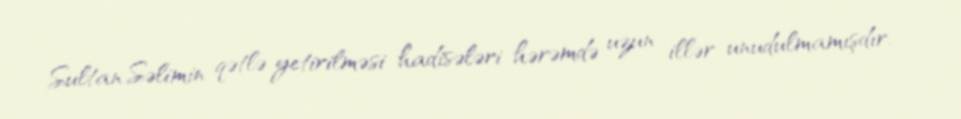
Sultan Səlimin qətlə yetirilməsi hadisələri hərəmdə uzun illər unudulmamışdır.